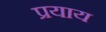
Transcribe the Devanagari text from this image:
प्रयाय